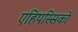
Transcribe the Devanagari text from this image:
एहिपस्सिको